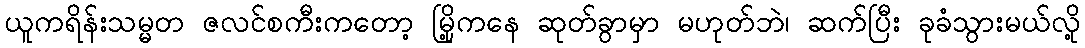
ယူကရိန်းသမ္မတ ဇလင်စကီးကတော့ မြို့ကနေ ဆုတ်ခွာမှာ မဟုတ်ဘဲ၊ ဆက်ပြီး ခုခံသွားမယ်လို့